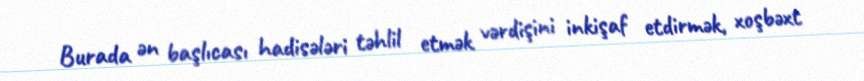
Burada ən başlıcası hadisələri təhlil etmək vərdişini inkişaf etdirmək, xoşbəxt